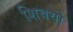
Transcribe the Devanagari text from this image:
शिवयो